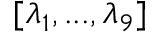
[ \lambda _ { 1 } , . . . , \lambda _ { 9 } ]